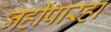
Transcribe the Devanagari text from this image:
नहींपारहा